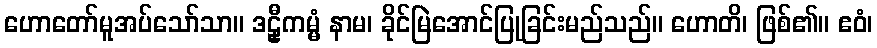
ဟောတော်မူအပ်သော်သာ။ ဒဠှီကမ္မံ နာမ၊ ခိုင်မြဲအောင်ပြုခြင်းမည်သည်။ ဟောတိ၊ ဖြစ်၏။ ဧဝံ၊